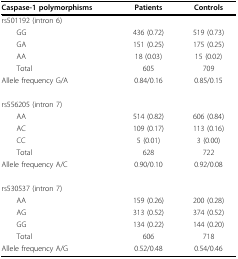
| Caspase-1 polymorphisms | Patients | Controls |
 | --- | --- | --- |
 | rs501192 (intron 6) |  |  |
 | GG | 436 (0.72) | 519 (0.73) |
 | GA | 151 (0.25) | 175 (0.25) |
 | AA | 18 (0.03) | 15 (0.02) |
 | Total | 605 | 709 |
 | Allele frequency G/A | 0.84/0.16 | 0.85/0.15 |
 | rs556205 (intron 7) |  |  |
 | AA | 514 (0.82) | 606 (0.84) |
 | AC | 109 (0.17) | 113 (0.16) |
 | CC | 5 (0.01) | 3 (0.00) |
 | Total | 628 | 722 |
 | Allele frequency A/C | 0.90/0.10 | 0.92/0.08 |
 | rs530537 (intron 7) |  |  |
 | AA | 159 (0.26) | 200 (0.28) |
 | AG | 313 (0.52) | 374 (0.52) |
 | GG | 134 (0.22) | 144 (0.20) |
 | Total | 606 | 718 |
 | Allele frequency A/G | 0.52/0.48 | 0.54/0.46 |